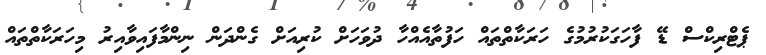
ޕެޓްރިކްސް ޑޭ ފާހަގަކުރުމުގެ ހަރަކާތްތައް ހަފުތާއެއްހާ ދުވަހަށް ކުރިއަށް ގެންދަން ނިންމާފައިވާއިރު މިހަރަކާތްތައް